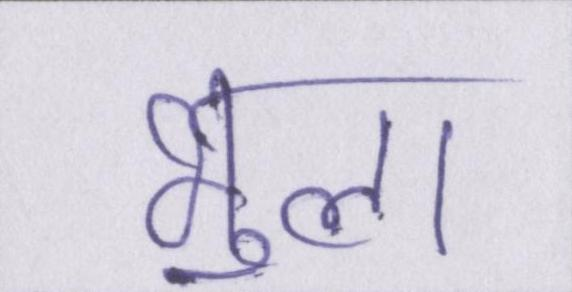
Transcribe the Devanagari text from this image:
भुला